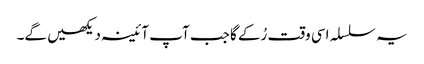
یہ سلسلہ اسی وقت رُکے گا جب آپ آئینہ دیکھیں گے۔